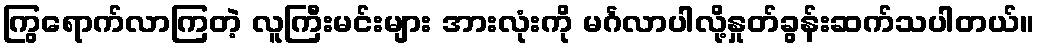
ကြွရောက်လာကြတဲ့ လူကြီးမင်းများ အားလုံးကို မင်္ဂလာပါလို့နှုတ်ခွန်းဆက်သပါတယ်။